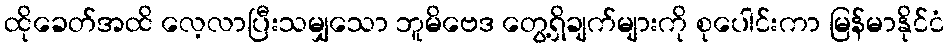
ထိုခေတ်အထိ လေ့လာပြီးသမျှသော ဘူမိဗေဒ တွေ့ရှိချက်များကို စုပေါင်းကာ မြန်မာနိုင်ငံ